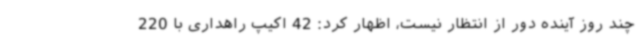
چند روز آینده دور از انتظار نیست، اظهار کرد: 42 اکیپ راهداری با 220